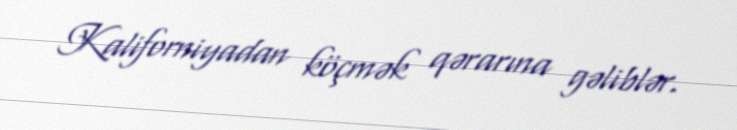
Kaliforniyadan köçmək qərarına gəliblər.